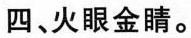
四、火眼金睛.